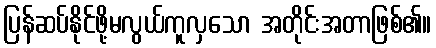
ပြန်ဆပ်နိုင်ဖို့မလွယ်ကူလှသော အတိုင်းအတာဖြစ်၏။